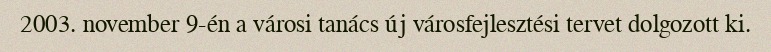
2003. november 9-én a városi tanács új városfejlesztési tervet dolgozott ki.